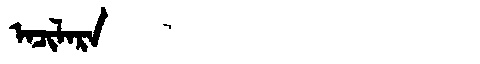
Manchu: ᠠᠴᡳᠯᠠᡵᠠ
Romanization: ACILARA